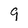
Character: 9